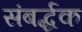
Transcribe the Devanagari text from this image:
संबर्द्धक